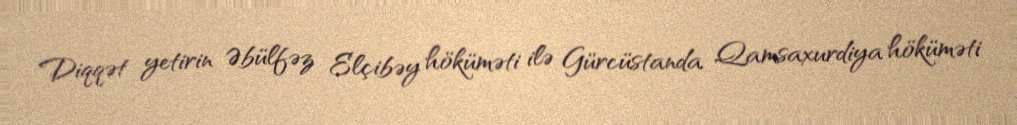
Diqqət yetirin Əbülfəz Elçibəy höküməti ilə Gürcüstanda Qamsaxurdiya höküməti